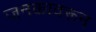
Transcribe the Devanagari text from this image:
जनकावरून